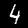
Label: 4